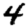
Digit: 4